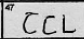
Transcription: CCL